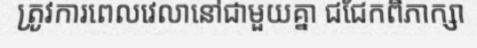
ត្រូវការពេលវេលានៅជាមួយគ្នា ជជែកពិភាក្សា